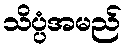
သိပ္ပံအမည်